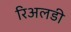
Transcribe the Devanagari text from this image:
रिअलडी